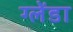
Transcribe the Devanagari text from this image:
ग्लेंडा